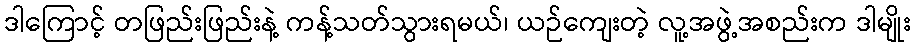
ဒါကြောင့် တဖြည်းဖြည်းနဲ့ ကန့်သတ်သွားရမယ်၊ ယဉ်ကျေးတဲ့ လူ့အဖွဲ့အစည်းက ဒါမျိုး